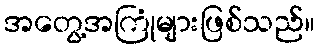
အတွေ့အကြုံများဖြစ်သည်။